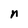
Character: n